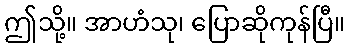
ဤသို့။ အာဟံသု၊ ပြောဆိုကုန်ပြီ။